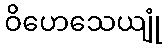
ဝိဟေသေယျုံ